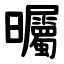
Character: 曯